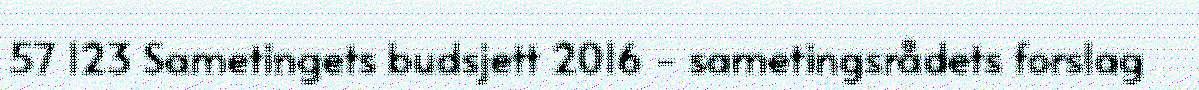
57 123 Sametingets budsjett 2016 - sametingsrådets forslag